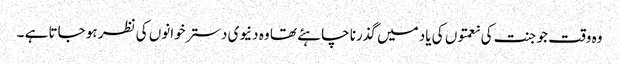
وہ وقت جو جنت کی نعمتوں کی یاد میں گذرنا چاہئے تھا وہ دنیوی دسترخوانوں کی نظر ہو جاتا ہے ۔